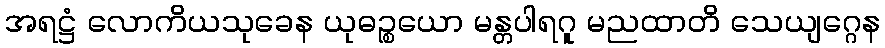
အရဋ္ဌံ လောကိယသုခေန ယုဓဉ္စယော မန္တပါရဂူ မညထာတိ သေယျဂ္ဂေန